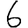
Digit: 6